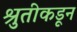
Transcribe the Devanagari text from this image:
श्रुतीकडून